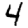
Digit: 4